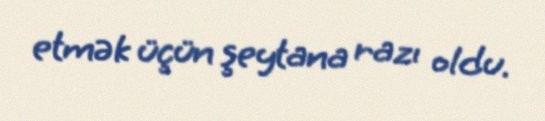
etmək üçün şeytana razı oldu.